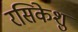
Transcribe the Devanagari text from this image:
रसिकेशु